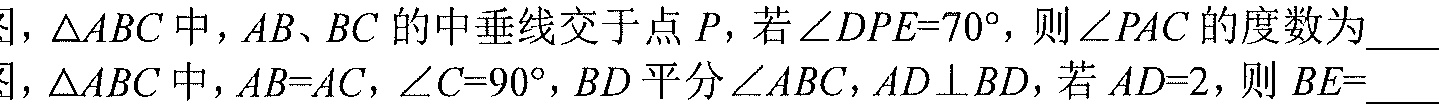
图，$\triangle ABC$中，$AB、BC$的中垂线交于点$P$，若$\angle DPE = 70^{\circ}$，则$\angle PAC$的度数为  。
图，$\triangle ABC$中，$AB = AC$，$\angle C = 90^{\circ}$，$BD$平分$\angle ABC$，$AD\perp BD$，若$AD = 2$，则$BE=$  。